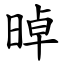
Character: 晫